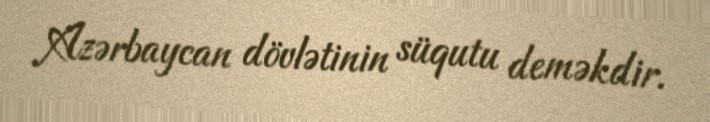
Azərbaycan dövlətinin süqutu deməkdir.